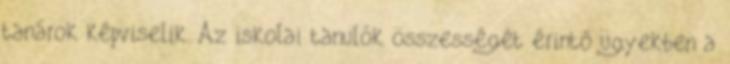
tanárok képviselik. Az iskolai tanulók összességét érintő ügyekben a